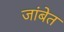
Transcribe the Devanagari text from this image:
जांबेत